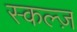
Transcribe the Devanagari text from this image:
स्कल्ज़